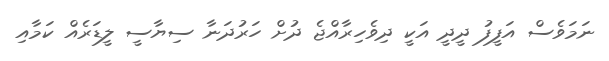
ނަމަވެސް އަފީފު ދީދީ އަކީ ދިވެހިރާއްޖެ ދުށް ހަރުދަނާ ސިޔާސީ ލީޑަރެއް ކަމާއި